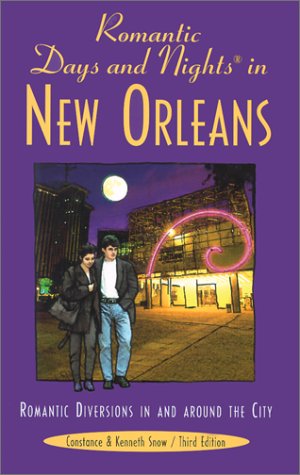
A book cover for Romantic Days and Nights in New Orleans, 3rd: Romantic Diversions in and around the City (Romantic Days and Nights Series); Constance Snow; Travel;